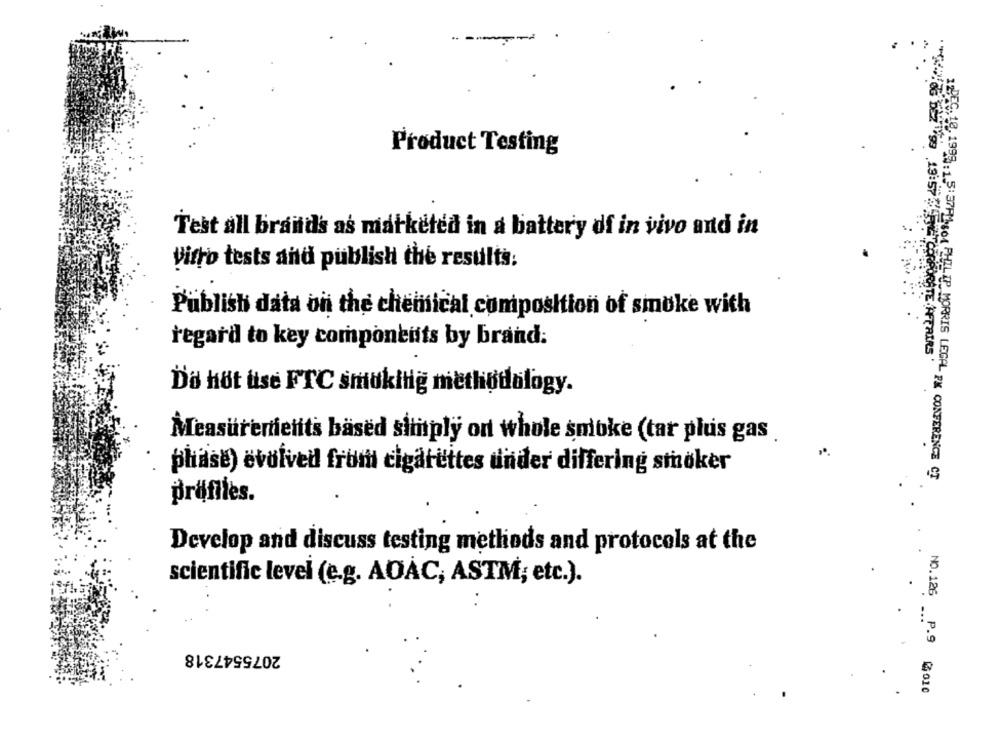
Product Testing
Test all brands as matketed in a battery df in vivo and in
vitro tests and publish the results:
Publish data on the chemical composition of smoke with
regard to key components by brand:
59 19:57 CORPORATE AFFAIRS
Do höt üse FTC smukitig methodology.
Measurements based simply on whole smoke (tar plus gas
phase) evolved from cigarettes under differing smoker
1998 . 1.5: 37PM104 PHILIP MORRIS LEGAL PM CONFERENCE CT
präfiles.
Develop and discuss testing methods and protocols at the
scientific level (e.g. AOAC, ASTM; etc.).
2075547318
NO.126 P.9 3010